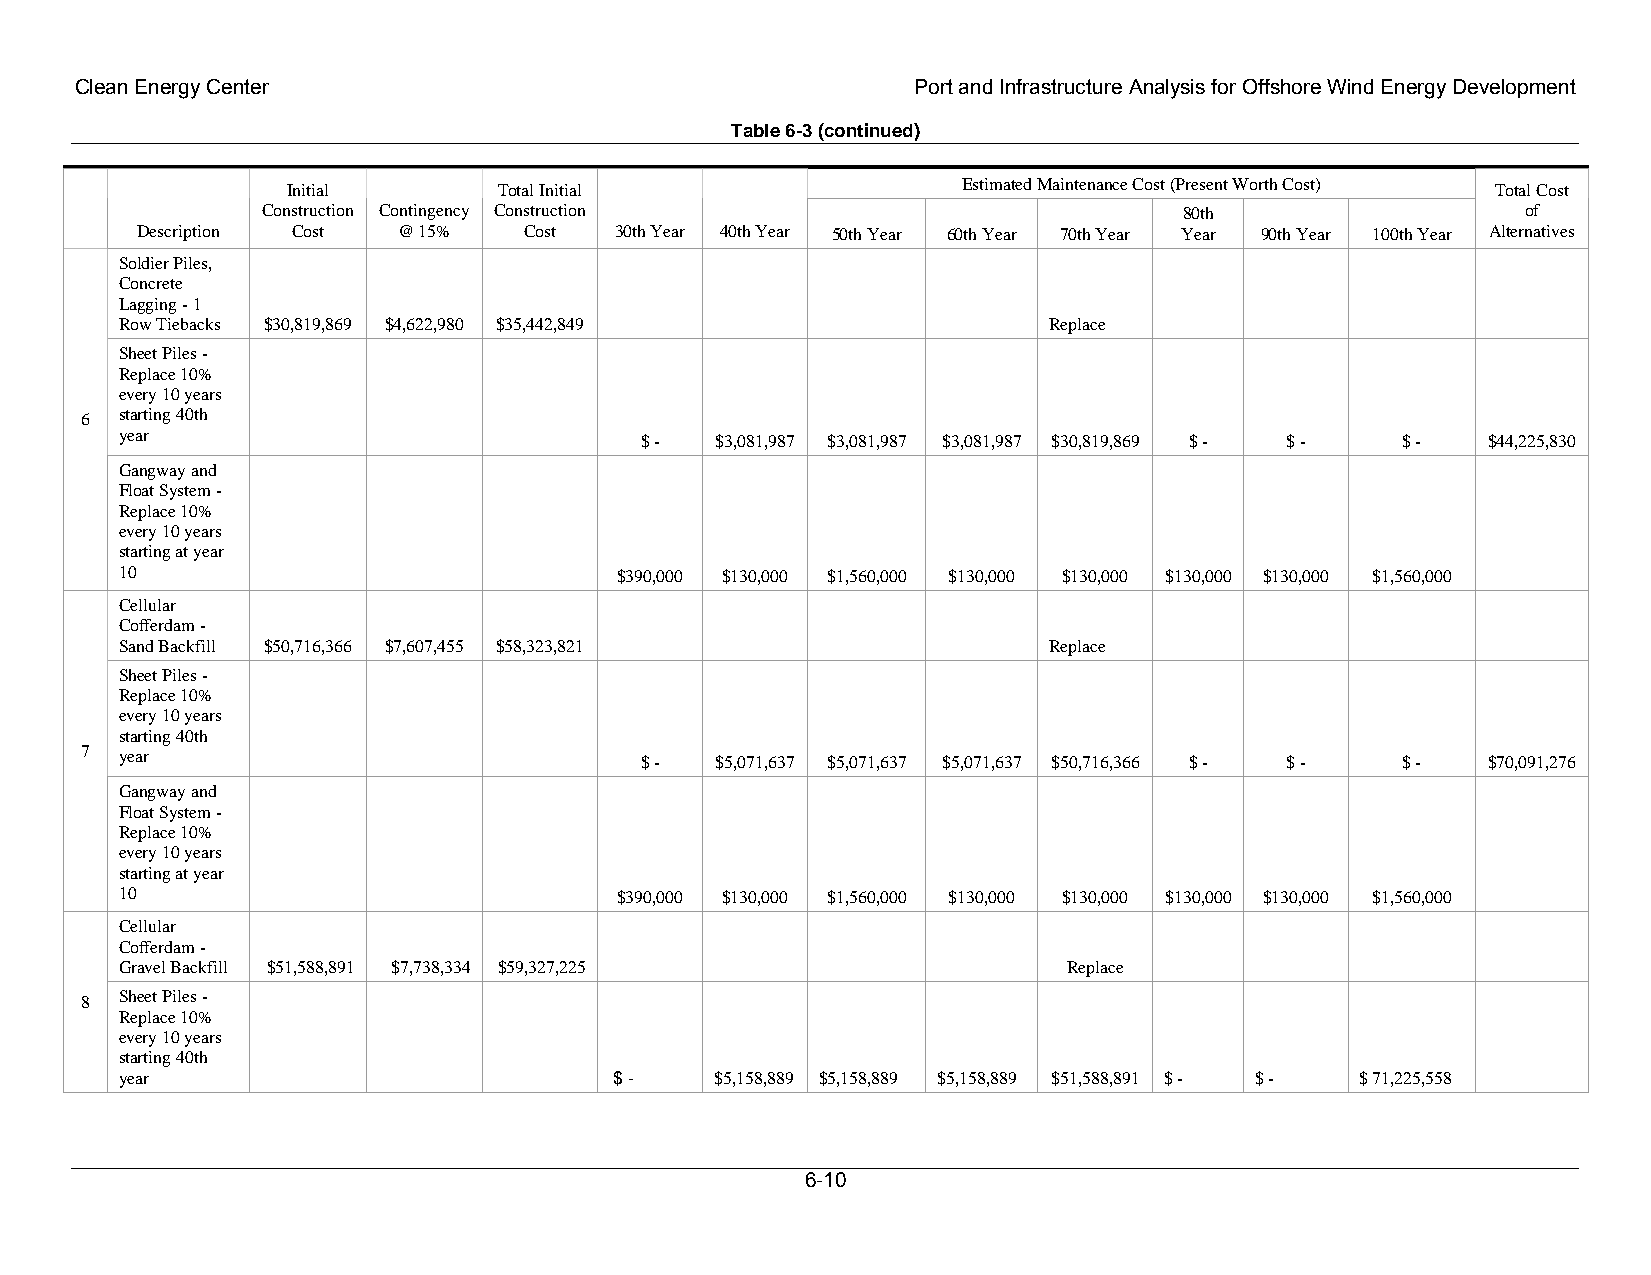
Clean Energy Center                                     Port and Infrastructure Analysis for Offshore Wind Energy Development
 Table 6-3 (continued)
 Initial       Total Initial                  Estimated Maintenance Cost (Present Worth Cost) Total Cost
 Construction Contingency Construction                        80th                   of
 Description Cost @ 15%    Cost  30th Year 40th Year 50th Year 60th Year 70th Year Year 90th Year 100th Year Alternatives
 Soldier Piles,
 Concrete
 Lagging - 1
 Row Tiebacks $30,819,869 $4,622,980 $35,442,849              Replace
 Sheet Piles -
 Replace 10%
 every 10 years
 6  starting 40th
 year                              $ -  $3,081,987 $3,081,987 $3,081,987 $30,819,869 $ - $ - $ - $44,225,830
 Gangway and
 Float System -
 Replace 10%
 every 10 years
 starting at year
 10                               $390,000 $130,000 $1,560,000 $130,000 $130,000 $130,000 $130,000 $1,560,000
 Cellular
 Cofferdam -
 Sand Backfill $50,716,366 $7,607,455 $58,323,821             Replace
 Sheet Piles -
 Replace 10%
 every 10 years
 starting 40th
 7  year                              $ -  $5,071,637 $5,071,637 $5,071,637 $50,716,366 $ - $ - $ - $70,091,276
 Gangway and
 Float System -
 Replace 10%
 every 10 years
 starting at year
 10                               $390,000 $130,000 $1,560,000 $130,000 $130,000 $130,000 $130,000 $1,560,000
 Cellular
 Cofferdam -
 Gravel Backfill $51,588,891 $7,738,334 $59,327,225             Replace
 8  Sheet Piles -
 Replace 10%
 every 10 years
 starting 40th
 year                             $ -   $5,158,889 $5,158,889 $5,158,889 $51,588,891 $ - $ - $ 71,225,558
 6-10